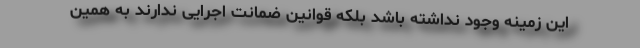
این زمینه وجود نداشته باشد بلکه قوانین ضمانت اجرایی ندارند به همین